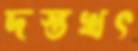
দস্তখৎ